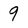
Character: 9